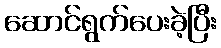
ဆောင်ရွက်ပေးခဲ့ပြီး